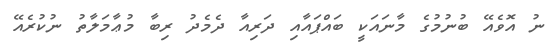
ނު އޮވެއޭ ބުނުމުގެ މާނައަކީ ބައްޕައާއި ދަރިއާ ދެމެދު ރިބާ މުޢާމަލާތު ނުކުރެއޭ